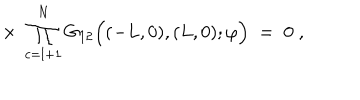
\times \; \prod _ { c = l + 1 } ^ { N } G _ { 1 2 } \Big ( ( - L , 0 ) , ( L , 0 ) ; \varphi \Big ) \; = \; 0 \; ,